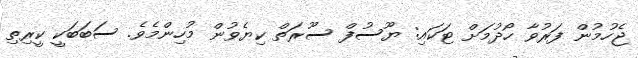
ޖެހުމުން ފަރުވާ ހޯދުމަށް ޓަކައި: ޔޫސުފް ސޫރަތް ކިޔެވުން މުހިންމެވެ. ސަބަބަކީ ކީރިތި